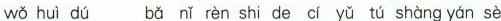
wǒ huì dú bǎ nǐ rèn shi de cí yǔ tú shàng γán sè